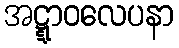
အဋ္ဋာဝလေပနာ